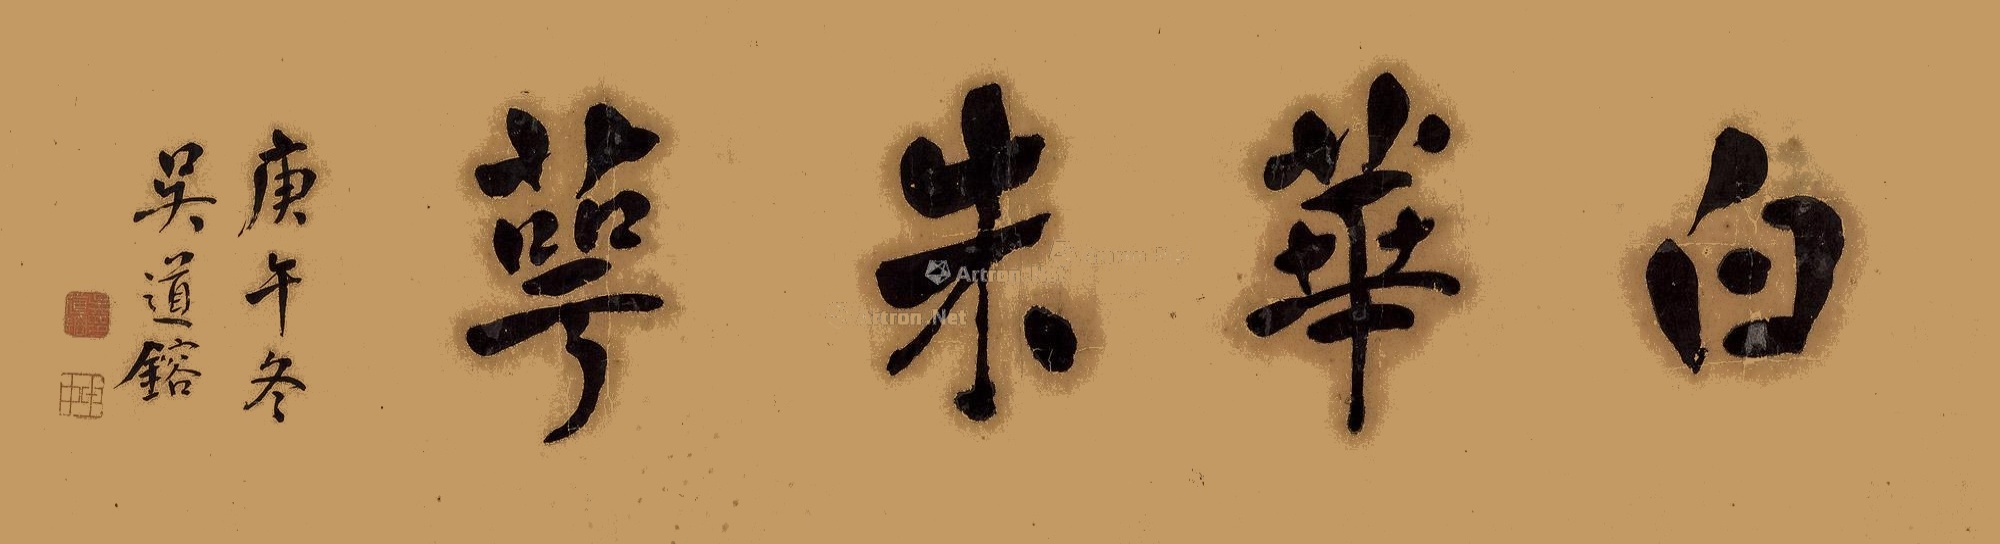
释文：白华朱萼。庚午冬，吴道镕。